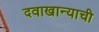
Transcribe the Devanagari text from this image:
दवाखान्याची